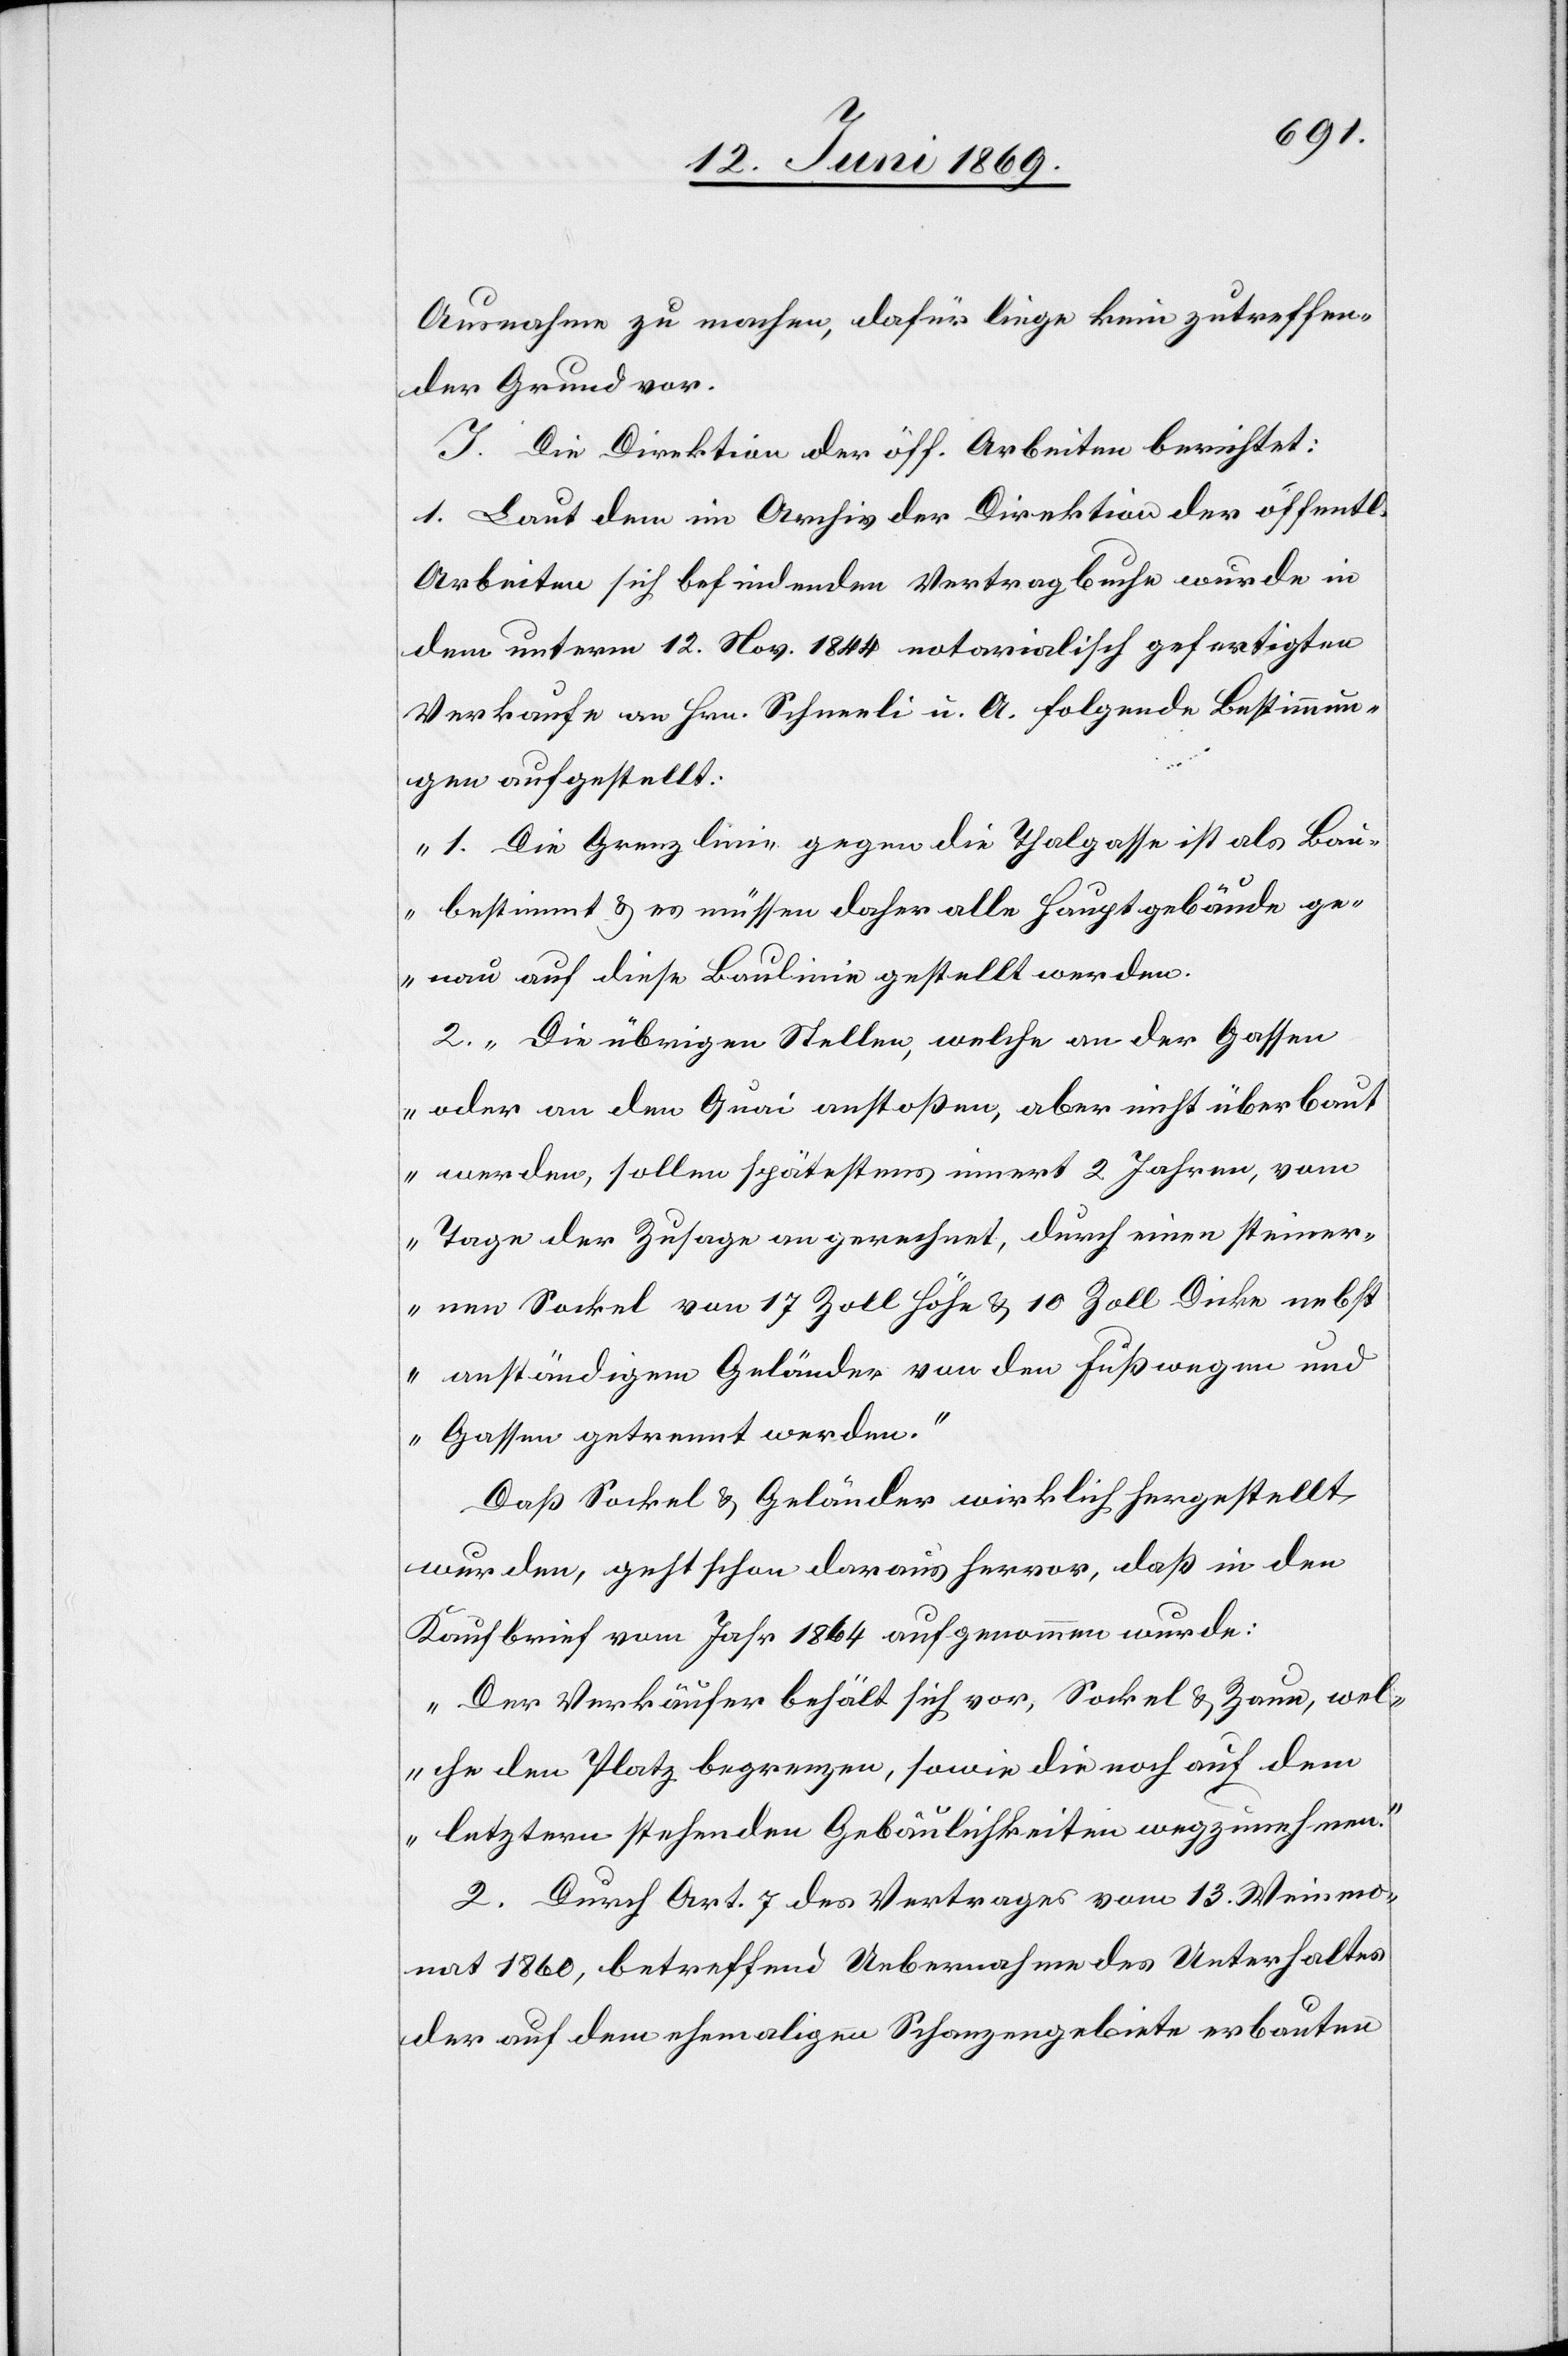
Ausnahme zu machen, dafür liege kein zutreffen¬
der Grund vor.
J. Der Direktion der öff. Arbeiten berichtet:
1. Laut dem im Archiv der Direktion der öffentl.
Arbeiten sich befindenden Vertragbuche wurde in
dem unterm 12. Nov 1844 notarialisch gefertigten
Verkaufe an Hrn. Schneeli u. A. folgende Bestimmun¬
gen aufgestellt:
„1. Die Grenzlinie gegen die Thalgasse ist als Bau
bestimmt u. es müssen daher alle Hauptgebäude ge¬
nau auf diese Baulinie gestellt werden.
2. Die übrigen Stellen, welche an der [sic!]
oder an den Quai anstoßen, aber nicht überbaut
werden, sollen spätestens innert 2 Jahren, vom
Tage der Zusage angerechnet, durch einen steiner¬
nen Sockel von 17 Zoll Höhe u. 10 Zoll Dicke nebst
anständigem Geländer von den Fußwegen und
Gassen getrennt werden.“
Daß Sockel u. Geländer wirklich hergestellt
wurden, geht schon daraus hervor, daß in den
Kaufbereich vom Jahr 1864 aufgenommen wurde:
„Der Verkäufer behält sich vor, Sockel u. Zaun, wel¬
che den Platz begrenzen, sowie die noch auf dem
letztern stehenden Gebäulichkeiten wegzunehmen.“
2. Durch Art. 7 des Vertrages vom 13. Weinmo¬
nat 1860, betreffend Uebernahme des Unterhaltes
der auf dem ehemaligen Schanzengebiete erbauten